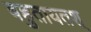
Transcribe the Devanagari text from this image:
बहुतायतश्